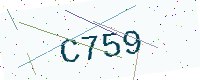
Text: C759